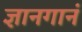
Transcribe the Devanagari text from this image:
ज्ञानगानं